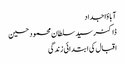
آبا ؤاجداد
ڈاکٹر سید سلطان محمود حسین
اقبال کی ابتدائی زندگی